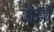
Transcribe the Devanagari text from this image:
जेही